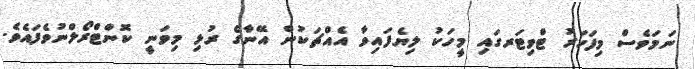
ނަމަވެސް މިފަހަރު ޓްވިޓަރގައި މީހަކު ލިޔެފައިވާ އެއްޗަކުން އޭނާގެ ރުޅި މިވަނީ ކޮންޓްރޯލްނުވެފައެވެ.